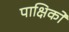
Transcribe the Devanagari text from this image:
पाक्षिकों